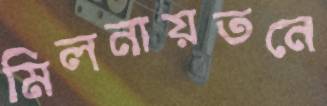
মিলনায়তনে